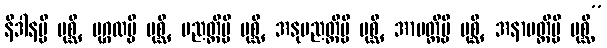
နိဒါနမ္ပိ ပုစ္ဆိ, ပုဂ္ဂလမ္ပိ ပုစ္ဆိ, ပညတ္တိမ္ပိ ပုစ္ဆိ, အနုပညတ္တိမ္ပိ ပုစ္ဆိ, အာပတ္တိမ္ပိ ပုစ္ဆိ, အနာပတ္တိမ္ပိ ပုစ္ဆိ”